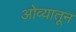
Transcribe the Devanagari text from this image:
ओव्यातून